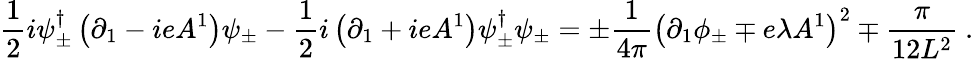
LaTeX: \frac{1}{2}i\psi_{\pm}^{\dagger}\left(\partial_{1}-ieA^{1}\right)\psi_{\pm}-\frac{1}{2}i\left(\partial_{1}+ieA^{1}\right)\psi_{\pm}^{\dagger}\psi_{\pm}=\pm\frac{1}{4\pi}\left(\partial_{1}\phi_{\pm}\mp e\lambda A^{1}\right)^{2}\mp\frac{\pi}{12L^{2}}\ .